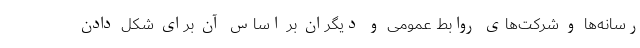
رسانه‌ها و شرکت‌های روابط عمومی و دیگران بر اساس آن برای شکل دادن